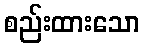
စည်းထားသော